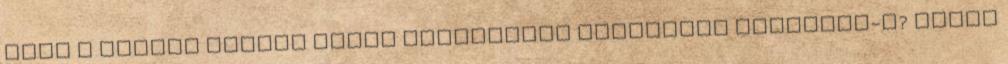
hogy a Marton István által kijavított mondattal egyetért-e? Tüttő